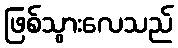
ဖြစ်သွားလေသည်